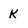
Character: K